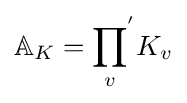
\mathbb {A} _{K}={\prod _{v}}^{'}K_{v}